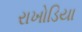
રાખોડિયા